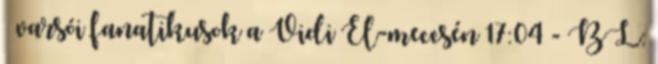
– varsói fanatikusok a Vidi El-meccsén 17:04 - BL: